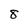
Character: 8